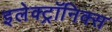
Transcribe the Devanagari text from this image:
इलेक्ट्रॉनिक्‍स